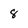
Character: 8